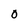
Character: 0